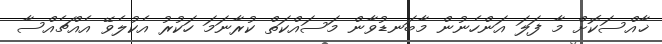
ޚާއްސަކޮށް މާ ފަލަ އަންހެނުން މާބަނޑުވާން މަސައްކަތް ކުރާނަމަ ހަކުރު އެކުލެވޭ އެއްޗެއްސާ